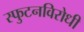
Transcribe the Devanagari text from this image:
स्‍फुटनविरोधी